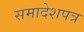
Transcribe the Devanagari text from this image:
समादेशपत्र